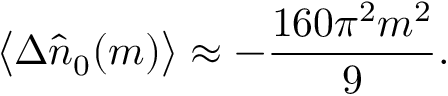
\big < \Delta \hat { n } _ { 0 } ( m ) \big > \approx - \frac { 1 6 0 \pi ^ { 2 } m ^ { 2 } } { 9 } .